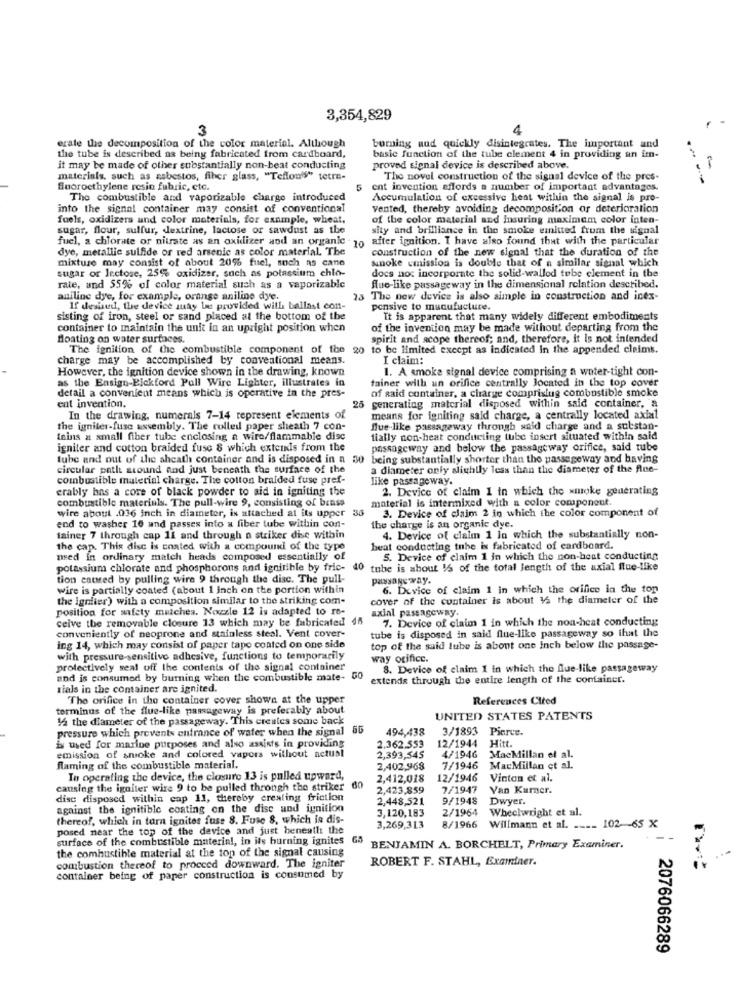
3,354,829
3
4
erate the decomposition of the color material. Although
bomning nud quickly disintegrates. The important and
the tube is described as being fabricated from cardboard,
basic function of the tube element 4 in providing an im-
it may be made of other substantially non-beat conducting
proved signal device is described above.
materials, such as asbestos, fiber glass, "Teflon"" tetre-
The novel construction of the signal device of the pres-
Snoroethylene resin fabric, etc.
ent invention affords a number of important advantages.
The combustible and vaporizable charge introduced
Accumulation of excessive heat within the signal is pre-
into the signal container may consist of conventional
vented, thereby avoiding decomposition or deterioration
fuels, oxidizers and color materials, for example, wheat.
of the color material and Insuring maximam color inten-
sugar, flour, sulfur, dextrine, lactose or sawdust as the
sity and brilliance in the smoke emitted from the signal
fuel, a chlorate or nitrate as an oxidizer aod an organic 10 after ignition. I have also found that with the particular
dye, metallic sulfide or red arsenic as color material. The
construction of the new signal that the duration of the
mixture may consist of about 20% fuel, such as cane
snoke cmission is double that of a similar signal which
sugar or lectose, 25% oxidizer, such as potassium chlo-
docs nos incorporate the solid-walled tube clement in the
rate, and 55% of color material such as a vaporizable
Rue-like passage way in the dimensional relation described.
aniline dye, for example, orange aniline dye.
The new device is also simple in construction and inex-
If desired, the device suay be provided with ballast con-
pensive to manufacture.
sisting of iron, steel or sand placed at the bottom of the
It is apparent that many widely different embodiments
container to maintain the unit in an upright position when
of the invention may be made without departing from the
floating on water surfaces.
spirit and scope thereof; and, therefore, it Is not intended
The ignition of the combustible component of the 20 to be limited except as indicated in the appended claimt.
charge may be accomplished by conventional means.
I claim:
However, the ignition device shown in the drawing, known
1. A smoke signal device comprising a water-tight con-
as the Ensign-Pickford Pull Wire Lighter, illustrates in
tainer with un orifice centrally located in the top cover
of said container, a charge comprislug combustible smoke
detail a convenient means which is operative in the pres-
ent invention.
25
generating material disposed within said container, a
In the drawing, numerals 7-14 represent elements of
means for igniting said charge, a centrally located axial
the igniter-fuse assembly. The culled paper sheath 7 con-
flue like passageway through said charge and a substan-
Inins a small fiber tube enclosing a wire/flammable disc
tially non-heat conducting tube insert situated within said
igniter and cotton braided fuse 8 which exteils from the
passageway and below the passageway orifice, said tube
tube and out of the ahcath container and is disposed in a 30
being substantially shorter than the passageway and having
circular path scound and just beneath the surface of the
a diameter only slightly less than the diameter of the Alee-
combustible material charge. The cotton braided fuse pref-
like passageway.
erably has a core of black powder to aid in igniting the
2. Device of claim 1 in which the smoke generating
combustible materials. The pull-wire 9, consisting of brass
material is intermixed with a color component
wire about .016 inch in diameter, is attached at its upper
34
3. Device of claim 2 in which the color component of
end to washer 10 und passes into a fiber tube within con-
the charge is an organic dye.
fainer 7 through cap 11 and through a striker dise within
4. Device of claim 1 In which the substantially non-
the cap. This disc is coated with a compound of the type
beat conducting tube is fabricated of cardboard.
nsed in ordinary match heads composed essentially of
5. Device of claim 1 in which the non-heat conducting
potassium chlorate and phosphorous and ignitible by fric-
do tube is shout I/s of the total length of the axial flue-like
tion caused by pulling wire 9 through the disc. The pull-
passage way.
wire is partially coated (about 1 inch on the portion within
6. Device of claim 1 in which the orifice in the top
the Ignfier) with a composition similar to the striking com-
cover of the container is about 12 the diameter of the
position for safety matches. Nozzle 12 is adapted to re-
axial passageway.
ceive the removable closure 13 which may be fabricated
7. Device of claim 1 in which the non-heat conducting
conveniently of neoprone and stainless steel. Vent cover-
tube is disposed in said flue-like passageway so that the
ing 14, which may consist of paper tape coated on one side
top of the said lube is about one Inch below the passage-
with pressure-sensitive adhesive, functions to temporarily
way orifice.
protectively seal off the contents of the signal container
8. Device of claim 1 in which the Que-like passageway
and is consumed by burning when the combustible mate- GO
extends through the entire length of the container.
Ilals in the container are ignited.
The orifice in the container cover shown at the upper
References Cited
terminus of the flue-like passageway is preferably about
12 the diameter of the passageway. This creates some back
UNITED STATES PATENTS
pressure which prevents entrance of water when the signal
494,438
3/1893 Pierce.
12/1944
Hitt.
is used for marine purposes and also assists in providing
2.362.553
emission of smoke and colored vapors without actust
2,393,545
4/1946
MacMillan et al.
Raming of the combustible material.
2,402,968
7/1946
MacMillan et al.
In operating the device, the closure 13 is pulled upward,
2,412,018
12/1946
Vinton et al.
causing the igniter wire 9 to be pulled through the striker
60
2,423,859
7/1947
Van Kummer.
disc disposed within cap 11, thereby creating friction
2,448,521
9/1948
Dwyer.
against the ignitible coating on the disc and ignition
3,120,183
2/1964
Wheelwright et al.
thereof, which in turn ignites fuse 8. Fuse 8, which is dis-
posed near the top of the device and just beneath the
3,269,313
8/1966 Willmann et al. ____ 102-65 X
surface of the combustible material, in its burning ignites 65
the combustible material at the top of the signal causing
BENJAMIN A. BORCHELT, Primary Examiner.
combustion thereof to proceed downward. The igniter
ROBERT F. STAHL, Examiner.
container being of paper construction is consumed by
2076066289